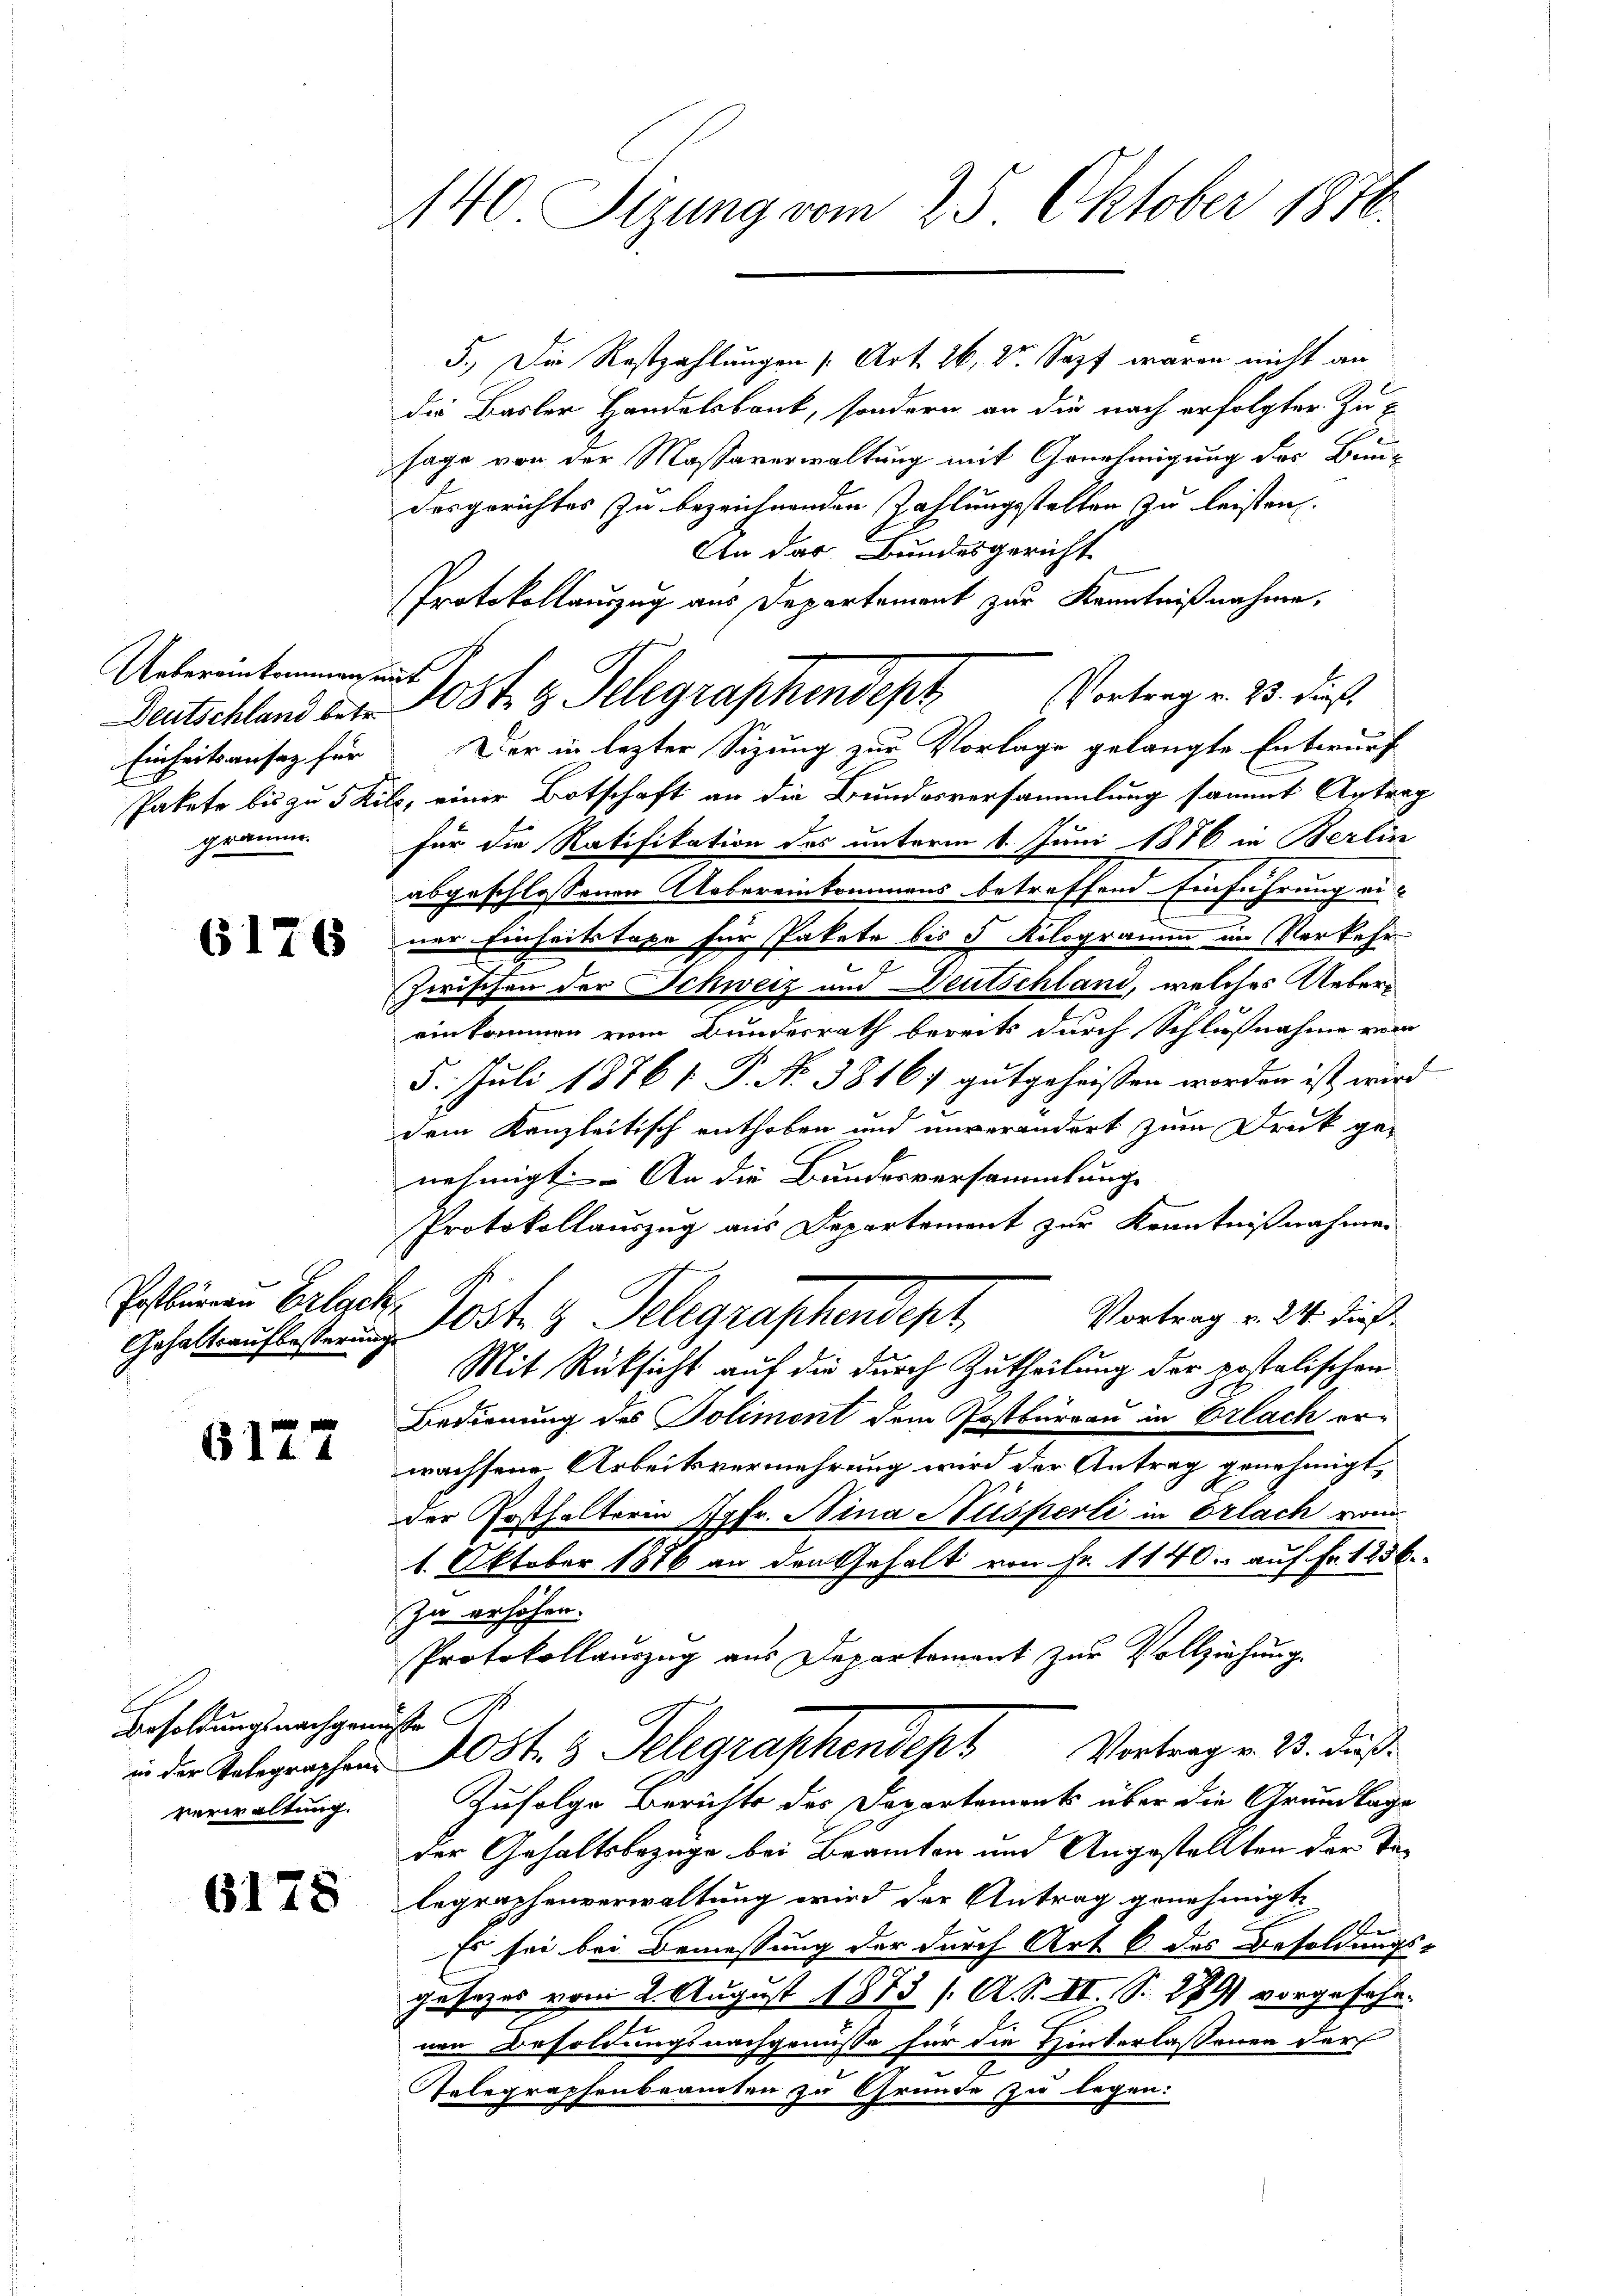
Uebereinkommen, mit
gramm.

Postbureau Erlack

6127

Besoldungsnachgemüsse Gr
verwaltung.

140. Sizung vom 25. Oktober 1876.

5.) Die Restzahlungen [Art. 26, Dr. Sopf waren nicht an
die Basler Handelsbank, sondern an die nach erfolgter Zusage von der Massaverwaltung mit Genehmigung des Bun-
desgerichtes zu bezeichnenden Zahlungsstellen zu leisten.
Einheitsansaz für Der in lezter Sizung zur Vorlage gelangte Entwurf
Pakete bis zu 5 Kile, einer Botschaft an die Bundesversammlung sammt Antrag
für die Ratifikation des unterm 6. Juni 1876 in Berlin
abgeschlossenen Uebereinkommens betreffend Einführung ei¬
 ner Einheitstaxe für Pakete bis 5 Kilogramm im Verkehr
Zwischen der Schweiz und Deutschland, welches Uebereinkommen vom Bundesrath bereits durch Schlußnahme vom
5. Juli 18761. P. No 38167 gutgeheissen worden ist, wird
dem Kanzleitisch enthoben und unverändert zum Druck genehmigt. An die Bundesversammlunge
Protokollauszug aus Departement zur Kenntnißnahmen
Vortrag v. 24. dies
Gehalt auftester Post 3 Telegraphendent,
Mit Rücksicht aus die durch Zutheilung der postolischen
Bedienung des Polimont dem Postbureau in Erlach er-
wachsene Arbeitsvermehrung wird der Antrag genehmigt,
der Posthalterin Jgfr. Nina Ausperli in Erlach vom
1. Oktober 1876 an den Gehalt von Fr. 1140. auf Fr. 1836.
zu erhöhen.
Protokollauszug aus Departement zur Vollziehung.
in der Gelegraphen 10 5fr. 3 Telegraphendept Vortrag v. 2. dieß
Zufolge Berichts des Departement über die Grundlage
der Gehaltsbezüge bei Beamten und Angestellten der Ta¬
 Legraphenverwaltung wird der Antrag genehmigt.
Es sei bei Bemessung der durch Art. 6 des Besoldungs-
gesezes vom 2. August 1873 /A. S. II., S. 279) vorgesehe.
nen Besoldungsnachgenüsse für die Hinterlassenen darf
2
Telegraphenbeamten zu Grunde zu legen:

An das Bundesgericht
Protokollauszug aus Departement zur Kenntnißnahme,
Deutschland der 20ste z. Telegraphendept Vortrag v. 23. dies